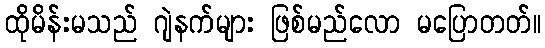
ထိုမိန်းမသည် ဂျဲနက်များ ဖြစ်မည်လော မပြောတတ်။